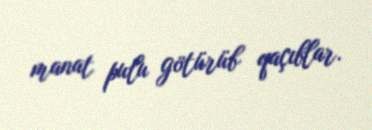
manat pulu götürüb qaçıblar.